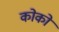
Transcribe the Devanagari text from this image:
कोकों